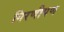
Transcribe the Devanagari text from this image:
गिरणीपण